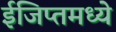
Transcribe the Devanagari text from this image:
ईजिप्तमध्ये